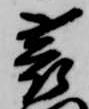
蓑